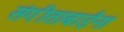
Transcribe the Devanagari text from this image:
संगीताबाईंना